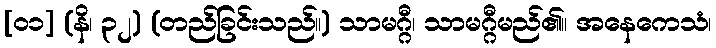
[၀၁] (နိ၊ ၃၂) (တည်ခြင်းသည်။) သာမဂ္ဂီ၊ သာမဂ္ဂီမည်၏။ အနေကေသံ၊